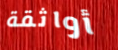
أواثقة